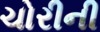
ચોરીની